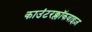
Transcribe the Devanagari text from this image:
काउंटरक्लॉकवाइज़